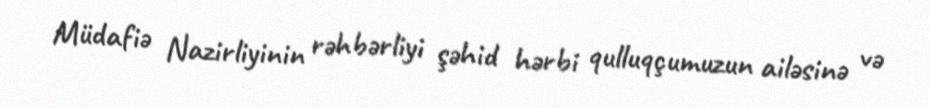
Müdafiə Nazirliyinin rəhbərliyi şəhid hərbi qulluqçumuzun ailəsinə və